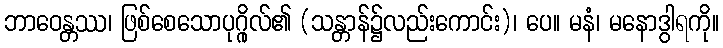
ဘာဝေန္တဿ၊ ဖြစ်စေသောပုဂ္ဂိုလ်၏ (သန္တာန်၌လည်းကောင်း)၊ ပေ။ မနံ၊ မနောဒွါရကို။